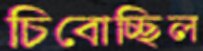
চিবোচ্ছিল